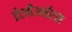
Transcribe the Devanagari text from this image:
ईएबीआईएस